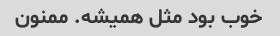
خوب بود مثل همیشه. ممنون